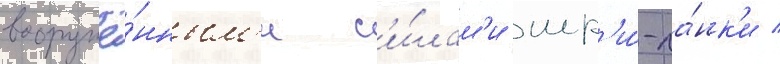
вооружё́нным'и с'и́лам'и шр'и́-ла́нк'и /